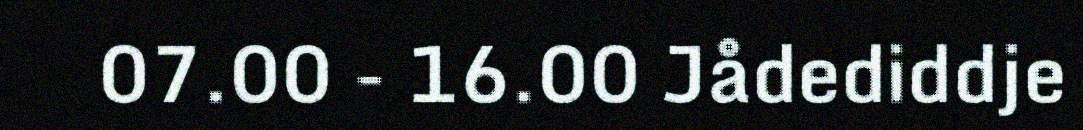
07.00 - 16.00 Jådediddje